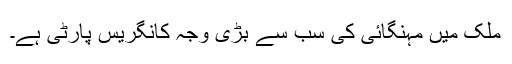
ملک میں مہنگائی کی سب سے بڑی وجہ کانگریس پارٹی ہے۔